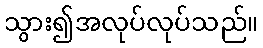
သွား၍အလုပ်လုပ်သည်။